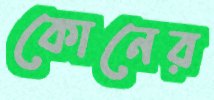
কোনের